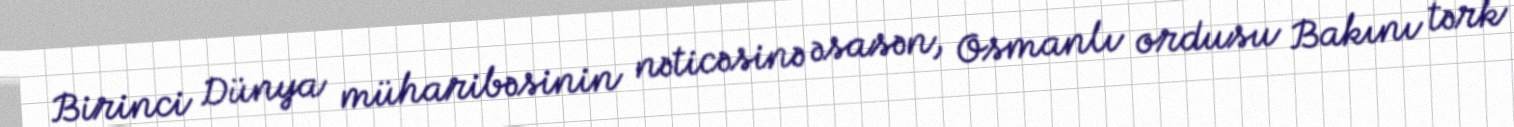
Birinci Dünya müharibəsinin nəticəsinə əsasən, Osmanlı ordusu Bakını tərk